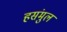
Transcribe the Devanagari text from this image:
हसंमुल